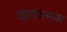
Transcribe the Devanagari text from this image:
छायात्मक